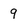
Character: 9